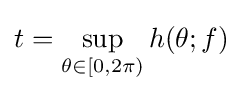
t=\sup _{\theta \in [0,2\pi )}h(\theta ;f)